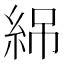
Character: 𬗏